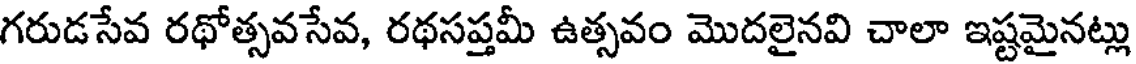
గరుడసేవ రథోత్సవసేవ, రథసప్తమీ ఉత్సవం మొదలైనవి చాలా ఇష్టమైనట్లు